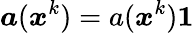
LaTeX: \boldsymbol a(\boldsymbol x^{k})=a(\boldsymbol x^{k})\boldsymbol 1